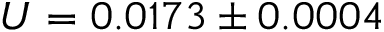
U = 0 . 0 1 7 3 \pm 0 . 0 0 0 4